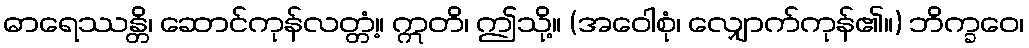
ဓာရေဿန္တိ၊ ဆောင်ကုန်လတ္တံ့။ ဣတိ၊ ဤသို့။ (အဝေါစုံ၊ လျှောက်ကုန်၏။) ဘိက္ခဝေ၊